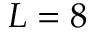
L = 8